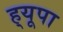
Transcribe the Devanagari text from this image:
ह्‌यूपा